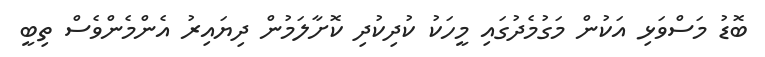
ބޮޑު މަސްވަޅި އަކުން މަގުމެދުގައި މީހަކު ކުދިކުދި ކޮށާލަމުން ދިޔައިރު އެންމެންވެސް ތިބީ